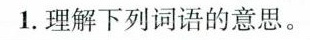
1.理解下列词语的意思。